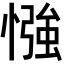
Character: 𢠌